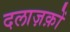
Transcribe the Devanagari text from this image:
दलाज़क़ों